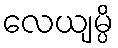
လေယျမ္ပိ